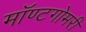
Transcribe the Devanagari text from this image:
मॉण्टगोमरी